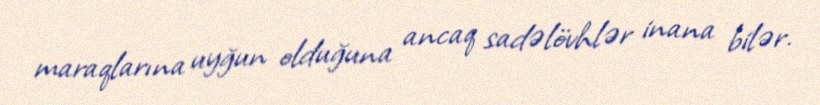
maraqlarına uyğun olduğuna ancaq sadəlövhlər inana bilər.